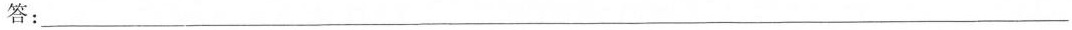
答：___